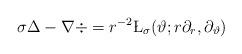
LaTeX: \begin{align*} \sigma\Delta - \nabla\div = r^{-2} \L_\sigma(\vartheta;r\partial_r,\partial_\vartheta)\end{align*}